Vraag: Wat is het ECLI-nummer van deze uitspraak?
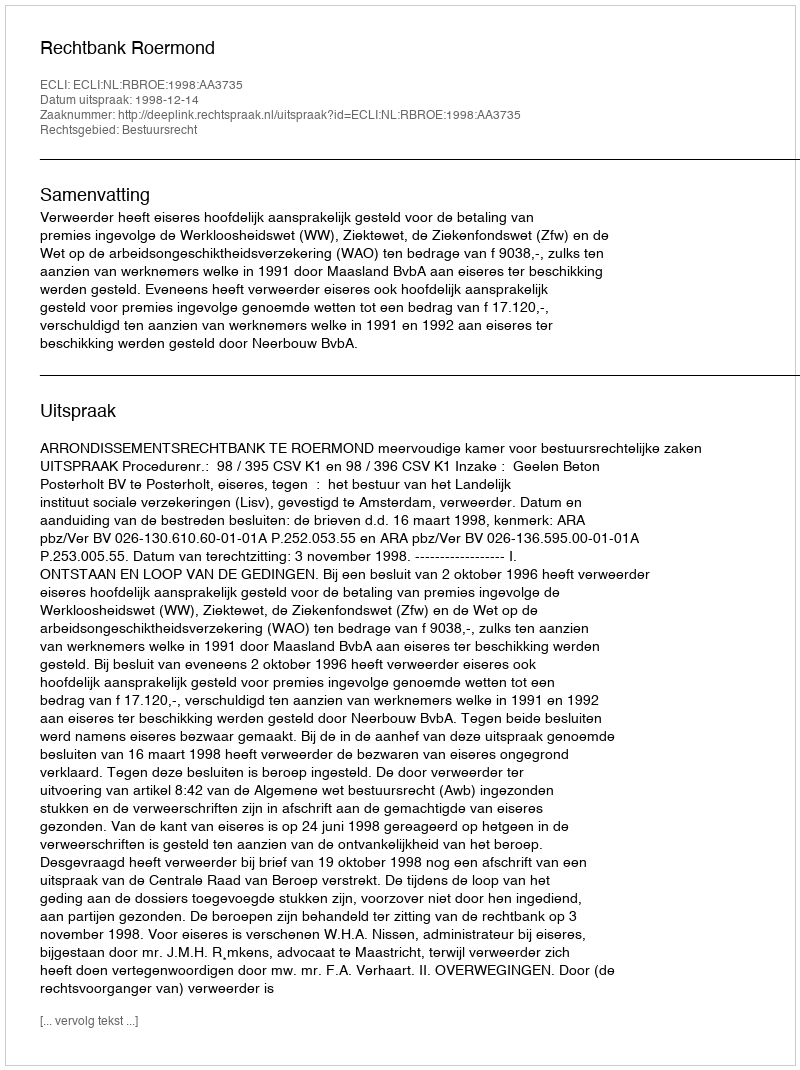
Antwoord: ECLI:NL:RBROE:1998:AA3735